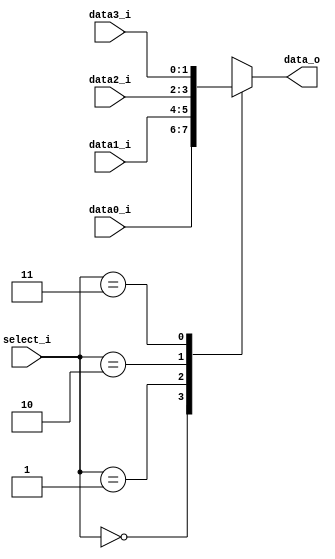
// 110652011
`timescale 1ns/1ps
module MUX_4to1(
        data0_i,
        data1_i,
        data2_i,
        data3_i,
        select_i,
        data_o
        );

parameter size = 0;
			
//I/O ports               
input   [size-1:0] data0_i;
input   [size-1:0] data1_i;
input   [size-1:0] data2_i;
input   [size-1:0] data3_i;
input      [2-1:0] select_i;
output  [size-1:0] data_o; 

//Internal Signals
reg     [size-1:0] data_o;

//Main function

    always @(data0_i, data1_i, data2_i, data3_i, select_i) begin
        case (select_i)
            0: data_o <= data0_i;
            1: data_o <= data1_i;
            2: data_o <= data2_i;
            3: data_o <= data3_i;
            default: ;
        endcase
    end

endmodule